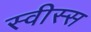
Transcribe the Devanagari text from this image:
स्वीस्स